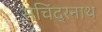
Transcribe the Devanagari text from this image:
सचिंद्रनाथ